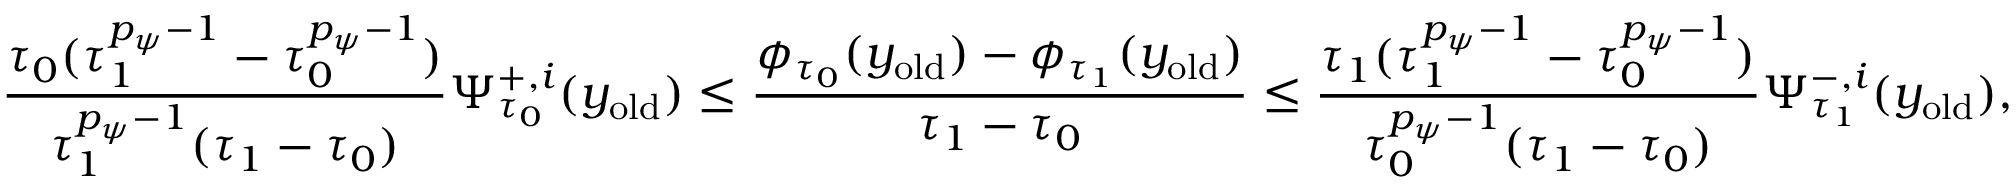
\frac { \tau _ { 0 } ( \tau _ { 1 } ^ { { p _ { \psi } - 1 } } - \tau _ { 0 } ^ { { p _ { \psi } - 1 } } ) } { \tau _ { 1 } ^ { p _ { \psi } - 1 } ( \tau _ { 1 } - \tau _ { 0 } ) } \Psi _ { \tau _ { 0 } } ^ { + , i } ( y _ { \mathrm { o l d } } ) \leq \frac { \phi _ { \tau _ { 0 } } ( y _ { \mathrm { o l d } } ) - \phi _ { \tau _ { 1 } } ( y _ { \mathrm { o l d } } ) } { \tau _ { 1 } - \tau _ { 0 } } \leq \frac { \tau _ { 1 } ( \tau _ { 1 } ^ { { p _ { \psi } - 1 } } - \tau _ { 0 } ^ { { p _ { \psi } - 1 } } ) } { \tau _ { 0 } ^ { p _ { \psi } - 1 } ( \tau _ { 1 } - \tau _ { 0 } ) } \Psi _ { \tau _ { 1 } } ^ { - , i } ( y _ { \mathrm { o l d } } ) ,